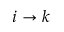
i \rightarrow k